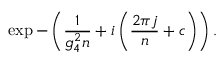
\exp - \left( \frac { 1 } { g _ { 4 } ^ { 2 } { n } } + i \left( \frac { 2 \pi j } { { n } } + { c } \right) \right) .